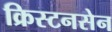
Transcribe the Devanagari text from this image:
क्रिस्टनसेन